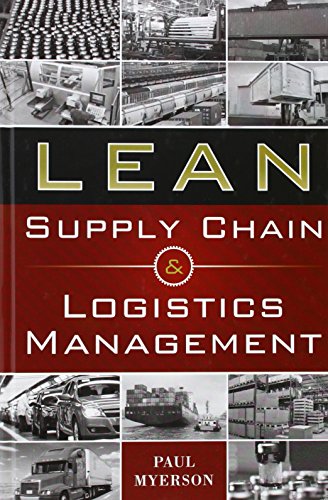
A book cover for Lean Supply Chain and Logistics Management; Paul Myerson; Engineering & Transportation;